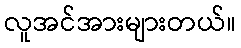
လူအင်အားများတယ်။